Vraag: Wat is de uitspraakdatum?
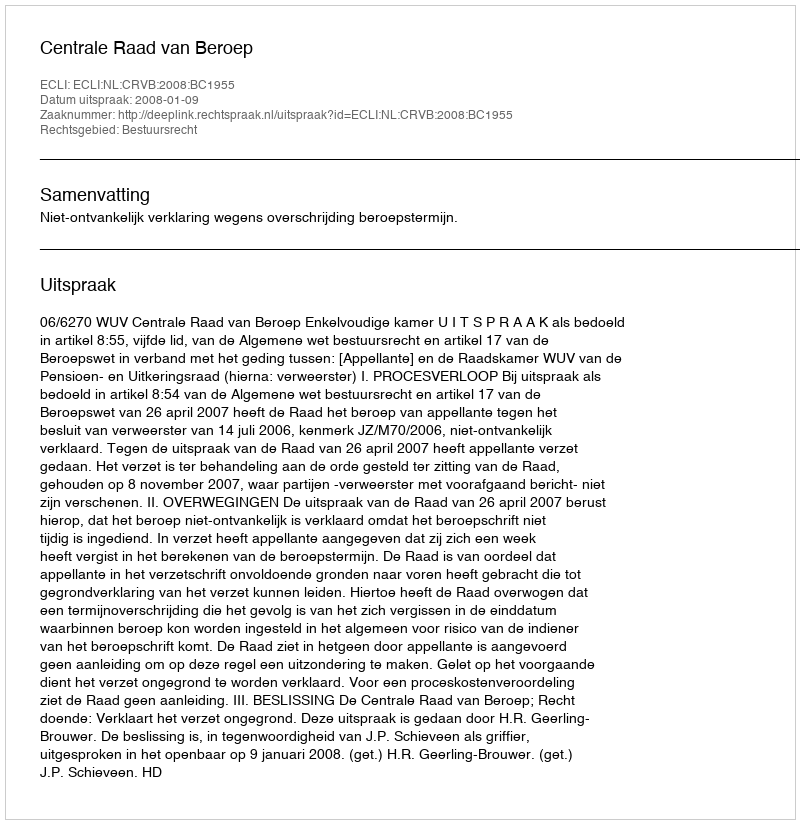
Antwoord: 2008-01-09